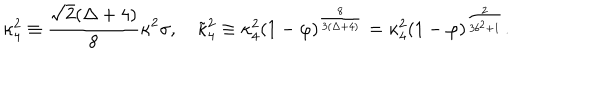
LaTeX: \kappa _ { 4 } ^ { 2 } \equiv \frac { \sqrt { 2 } ( \Delta + 4 ) } { 8 } \kappa ^ { 2 } \sigma , \quad \tilde { \kappa } _ { 4 } ^ { 2 } \equiv \kappa _ { 4 } ^ { 2 } ( 1 - \varphi ) ^ { \frac { 8 } { 3 ( \Delta + 4 ) } } = \kappa _ { 4 } ^ { 2 } ( 1 - \varphi ) ^ { \frac { 2 } { 3 b ^ { 2 } + 1 } } .